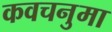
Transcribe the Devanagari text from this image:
कवचनुमा